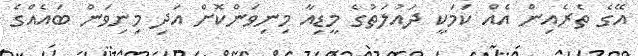
އޭގެ ތެރެއިން އެއް ކަމަކީ ދައުލަތުގެ މީޑިއާ މިނިވަންކޮށް އަދި މިނިވަން ބައެއްގެ